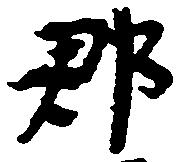
郡